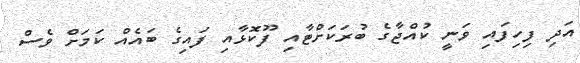
އަދި ފިހިފައި ވަނީ ކުއްޖާގެ ބުރަކަށްޓާއި ފޫކޮޅާއި ފައިގެ ބައެއް ކަމަށް ވެސް